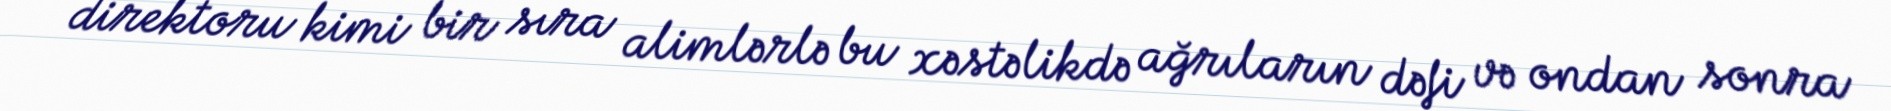
direktoru kimi bir sıra alimlərlə bu xəstəlikdə ağrıların dəfi və ondan sonra